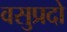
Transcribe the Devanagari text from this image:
वसुप्रदो